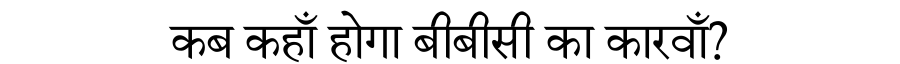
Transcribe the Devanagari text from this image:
कब कहाँ होगा बीबीसी का कारवाँ?